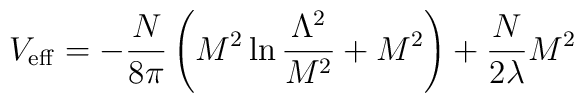
V_{\rm eff}=-\frac{N}{8\pi}\left( M^2\ln\frac{\Lambda^2}{M^2}+M^2\right)+\frac{N}{2{\lambda}} M^2